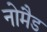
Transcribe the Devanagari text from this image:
नोमैड